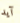
آيد